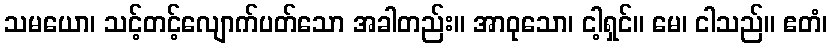
သမယော၊ သင့်တင့်လျောက်ပတ်သော အခါတည်း။ အာဝုသော၊ ငါ့ရှင်။ မေ၊ ငါသည်။ ဧတံ၊